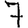
Digit: 7